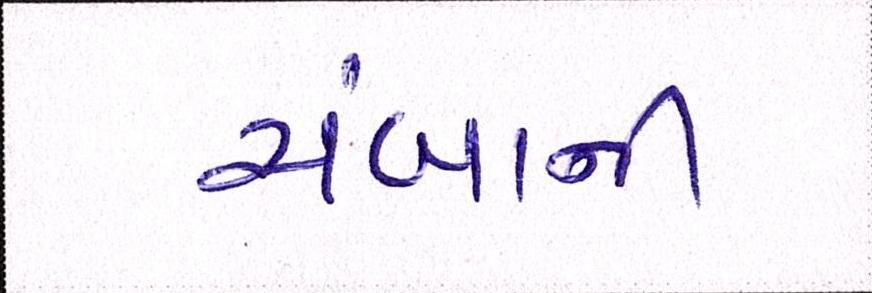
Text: ચંબાની